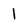
Character: l